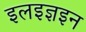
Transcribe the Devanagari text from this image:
इलइज्ञइन